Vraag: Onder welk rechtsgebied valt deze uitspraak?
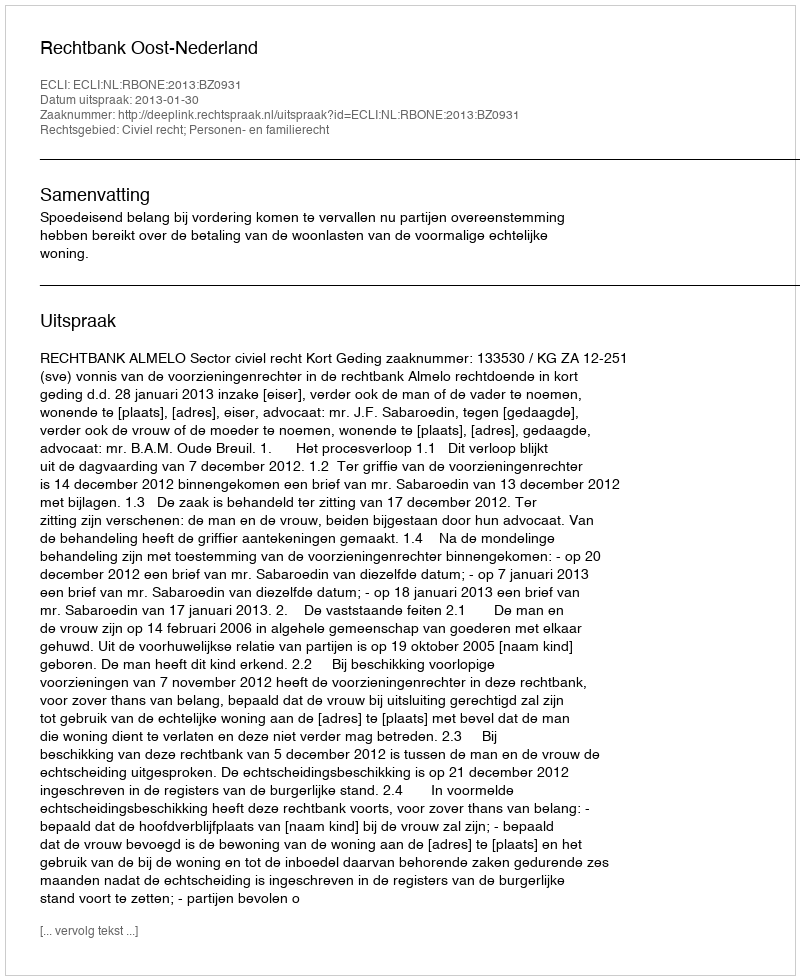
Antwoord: Civiel recht; Personen- en familierecht